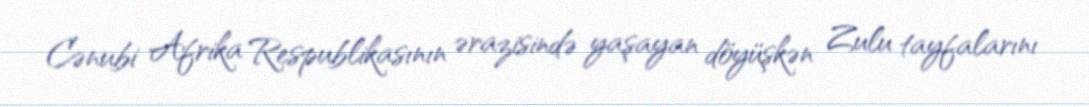
Cənubi Afrika Respublikasının ərazisində yaşayan döyüşkən Zulu tayfalarını